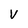
Character: V